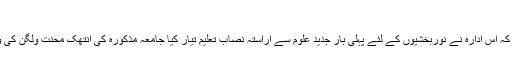
نوربخشی دنیا میں نصاب تعلیم:
جامعہ اسلامیہ صوفیہ امامیہ نوربخشیہ کراچی کو یہ اعزاز حاصل ہے کہ اس ادارہ نے نوربخشیوں کے لئے پہلی بار جدید علوم سے آراستہ نصاب تعلیم تیار کیا جامعہ مذکورہ کی انتھک محنت ولگن کی وجہ سے دیگر مدارس کے نصاب تعلیم کو تیار کرنے میں آسانی ہوئی۔